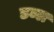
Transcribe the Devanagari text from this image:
डब्ल